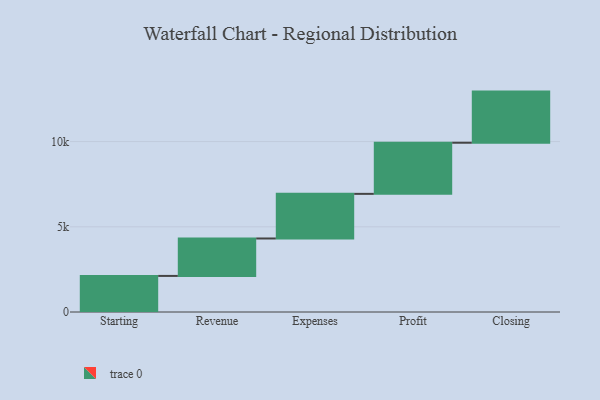
{"axis": {"x": "Step", "y": "Value"}, "legend": [""], "data": [{"x": "Starting", "y": 2117.0, "type": ""}, {"x": "Revenue", "y": 2197.0, "type": ""}, {"x": "Expenses", "y": 2618.0, "type": ""}, {"x": "Profit", "y": 3000, "type": ""}, {"x": "Closing", "y": 3000, "type": ""}]}